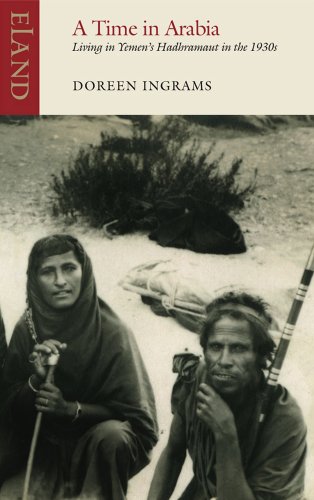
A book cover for A Time in Arabia: Life in Hadramaut; Doreen Ingrams; Travel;